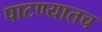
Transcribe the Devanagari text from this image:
पाटण्यातच